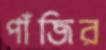
পাঁজির